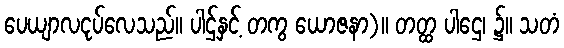
ပေယျာလငုပ်လေသည်။ ပါဌ်နှင့် တကွ ယောဇနာ)။ တတ္ထ ပါဌေ၊ ၌။ သတံ